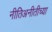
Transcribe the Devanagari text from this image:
नीतिअनीतीच्या